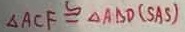
\Delta A C F \cong \Delta A B D ( S A S )